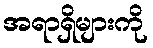
အရာရှိများကို